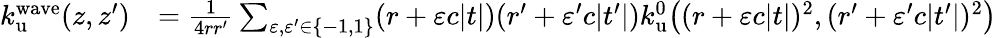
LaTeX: \begin{array}{rl}{k_{\mathrm{u}}^{\mathrm{wave}}(z,z^{\prime})}&{=\frac{1}{4rr^{\prime}}\sum_{\varepsilon,\varepsilon^{\prime}\in\{ -1,1\} }(r+\varepsilon c|t|)(r^{\prime}+\varepsilon^{\prime}c|t^{\prime}|)k_{\mathrm{u}}^{0}\big((r+\varepsilon c|t|)^{2},(r^{\prime}+\varepsilon^{\prime}c|t^{\prime}|)^{2}\big)}\end{array}